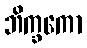
ဘိက္ခကော